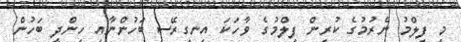
މި ފިލްމު ނެރުމުގެ ކުރިން ފިލްމުގެ ވާހަކަ އިނގިރޭސި ބަހުންނާއި ހިންދީ ބަހުން